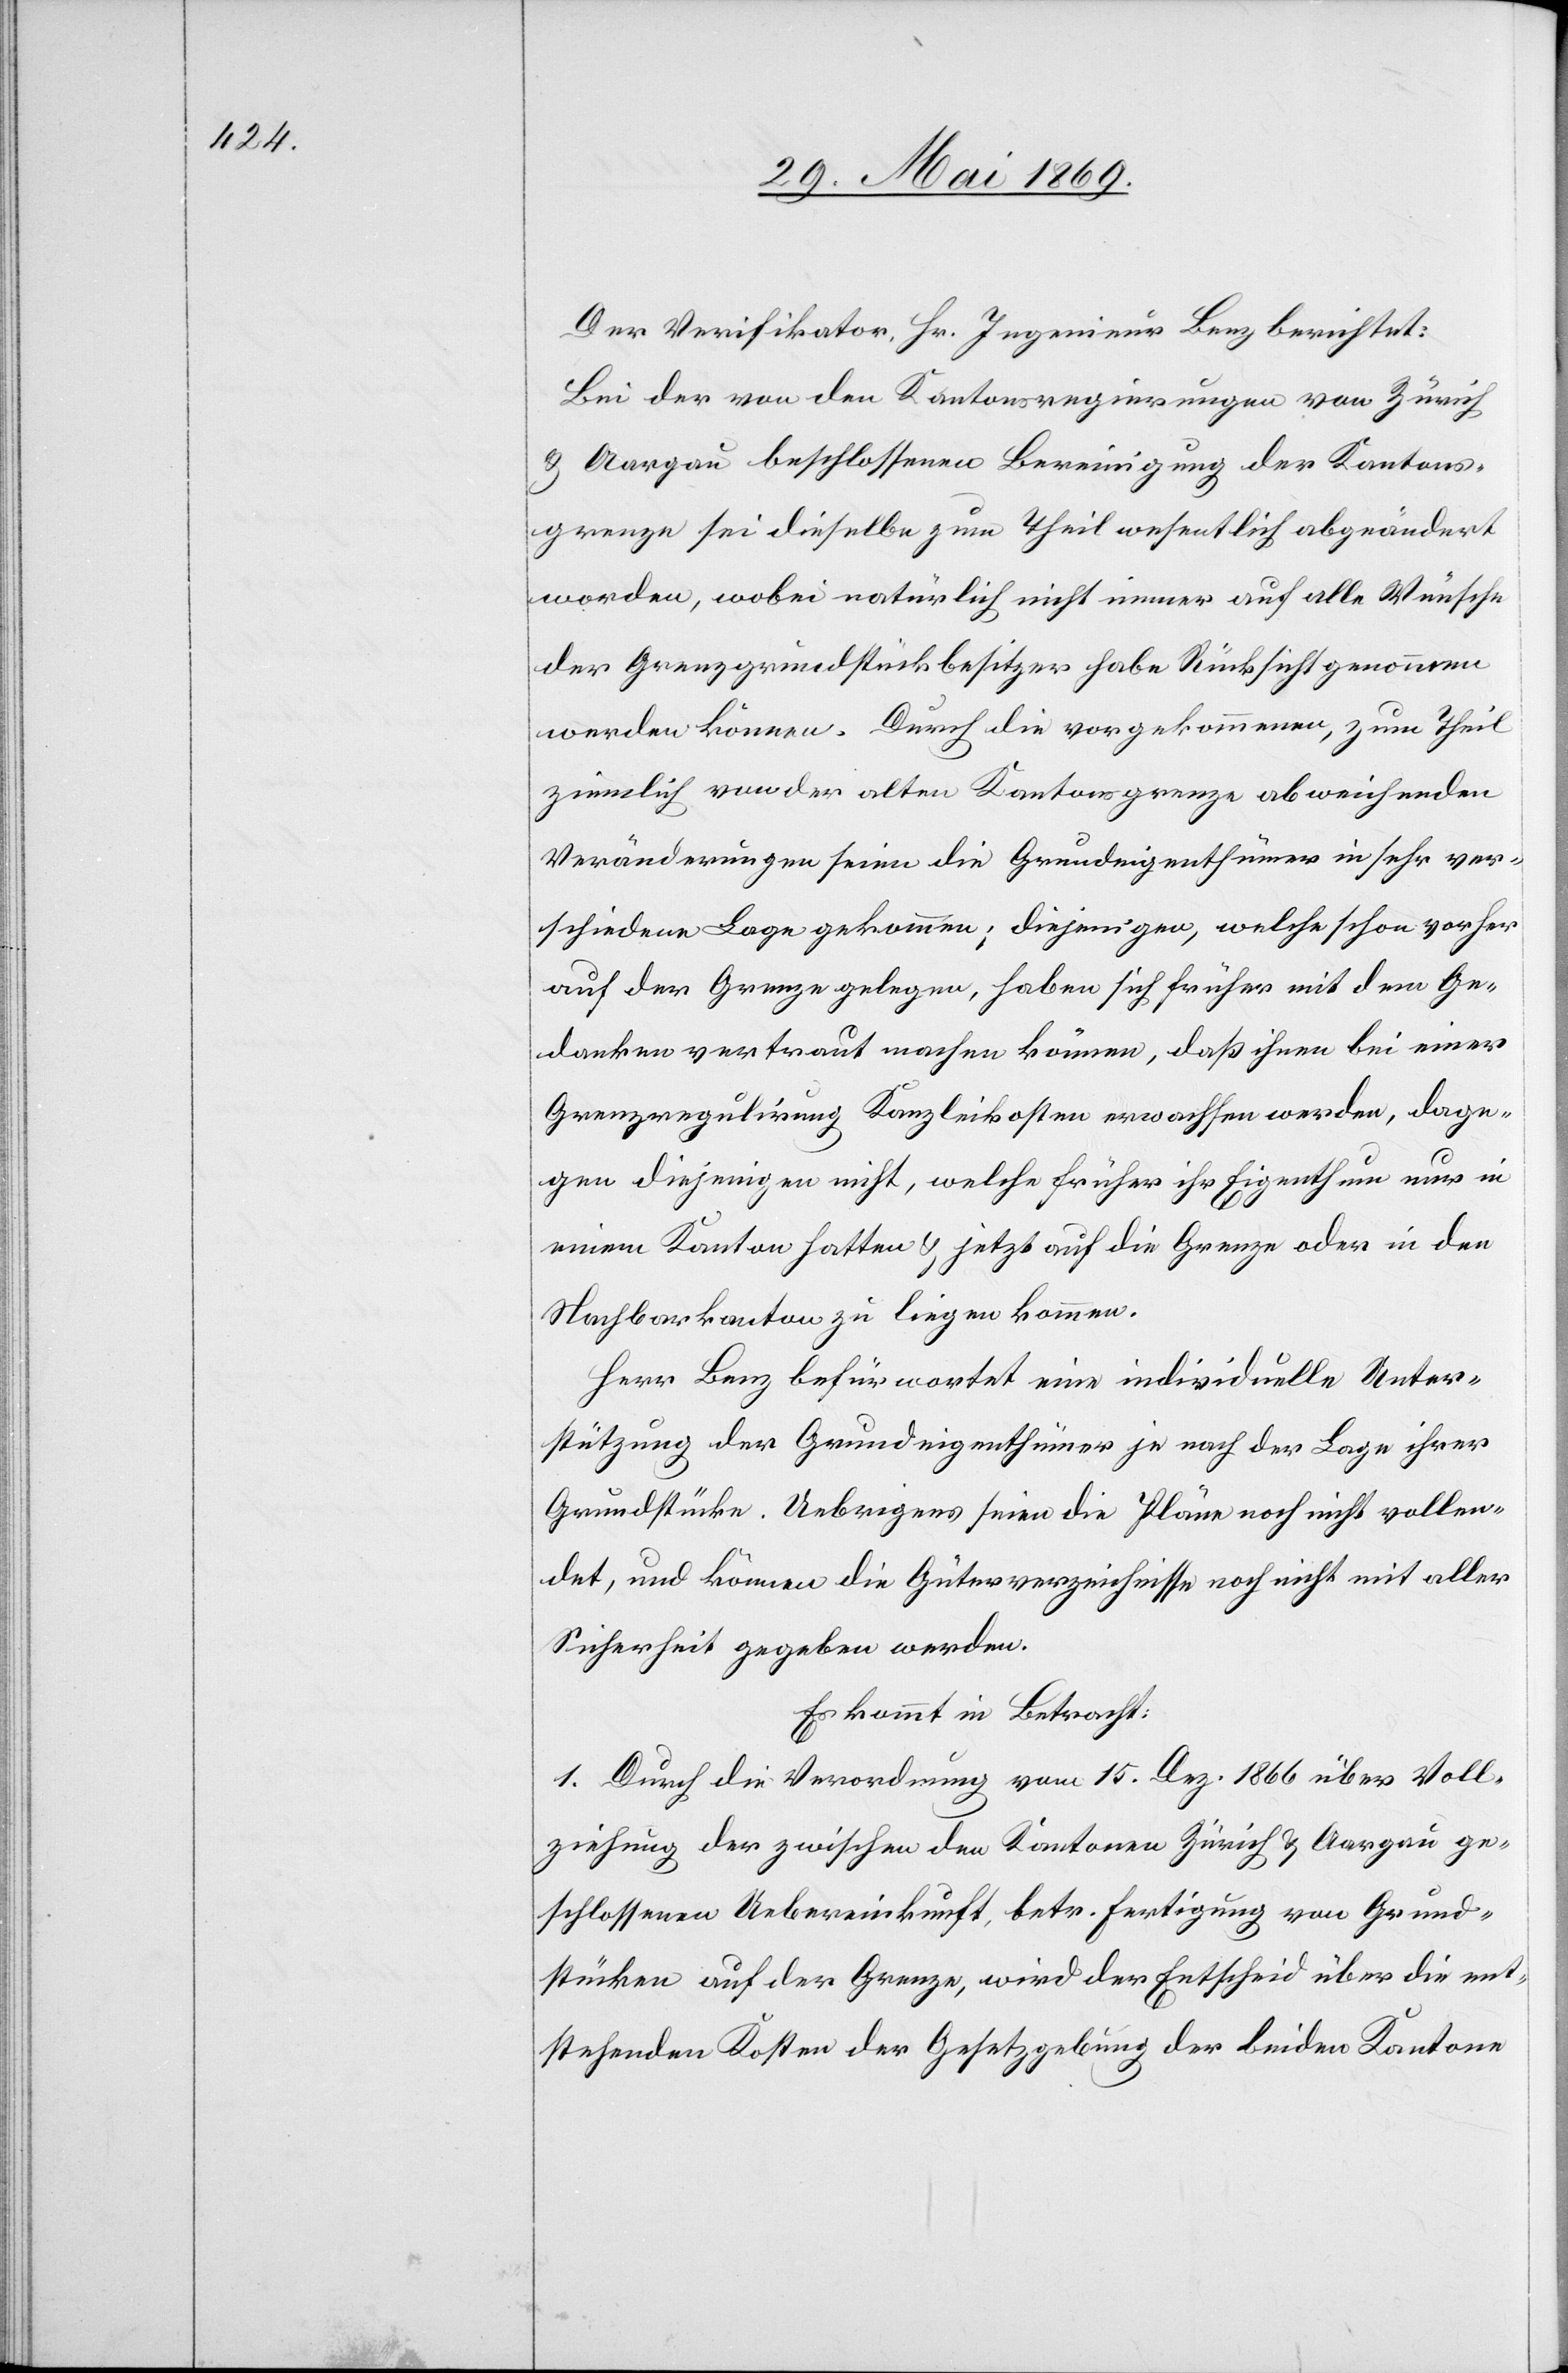
Der Verifikator, Hr. Ingenieur Benz berichtet:
Bei der von den Kantonsregierungen von Zürich
u. Aargau beschlossenen Bereinigung der Kantons¬
grenze sei dieselbe zum Theil wesentlich abgeändert
worden, wobei natürlich nicht immer auf alle Wünsche
der Grenzgrundstückbesitzer habe Rücksicht genommen
werden können. Durch die vorgekommenen, zum Theil
ziemlich von der alten Kantonsgrenze abweichenden
Veränderungen seien die Grundeigenthümer in sehr ver¬
schiedene Lage gekommen; diejenigen, welche schon vorher
auf der Grenze gelegen, haben sich früher mit dem Ge¬
danken vertraut machen können, daß ihnen bei einer
Grenzregulirung Kanzleikosten erwachsen werden, dage¬
gen diejenigen nicht, welche früher Eigenthum nur in
einem Kanton hatten u. jetzt auf die Grenze oder in den
Nachbarkanton zu liegen kommen.
Herr Benz befürwortet eine individuelle Unter¬
stützung der Grundeigenthümer je nach der Lage ihrer
Grundstücke. Uebrigens seien die Pläne noch nicht vollen¬
det, und können die Güterverzeichnisse noch nicht mit aller
Sicherheit gegeben werden.
Es kommt in Betracht:
1. Durch die Verordnung vom 15. Dez. 1866 über Voll¬
ziehung der zwischen den Kantonen Zürich u. Aargau ge¬
schlossenen Uebereinkunft, betr. Fertigung von Grund¬
stücken auf der Grenze, wird der Entscheid über die ent¬
stehenden Kosten der Gesetzgebung der beiden Kantone